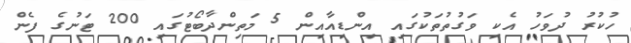
ހުކުރު ދުވަހު އެކި ވަގުތުތަކުގައި އިންޑިއާއިން 5 މަތިންދާބޯޓުގައި 200 ޓަނުގެ ފެން